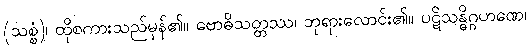
(သစ္စံ)၊ ထိုစကားသည်မှန်၏။ ဗောဓိသတ္တဿ၊ ဘုရားလောင်း၏။ ပဋိသန္ဓိဂ္ဂဟဏေ၊